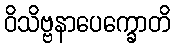
ဝိသိဗ္ဗနာပေက္ခောတိ